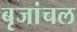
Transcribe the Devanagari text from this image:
बृजांचल